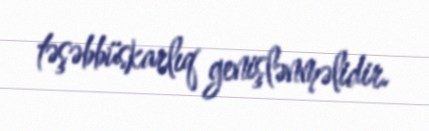
təşəbbüskarlıq genişlənməlidir.